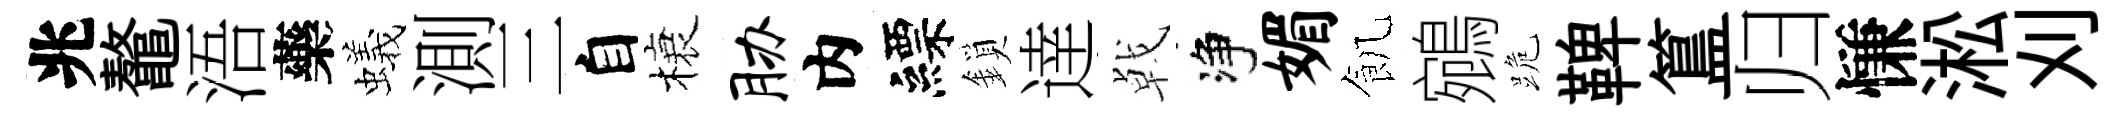
兆鼇浯藥蟻測三自榱胁内縹鎖逹㦸净媚飢鵷跪鞞簋归慊淞刈